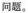
问题。